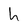
Character: h